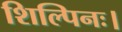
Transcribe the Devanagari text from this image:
शिल्पिनः।